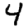
Digit: 4